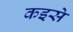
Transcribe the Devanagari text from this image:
कइसे